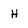
Character: H